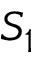
S _ { 1 }